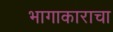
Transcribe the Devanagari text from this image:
भागाकाराचा